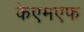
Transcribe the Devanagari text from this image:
केएमएफ